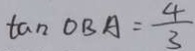
\tan O B A = \frac { 4 } { 3 }